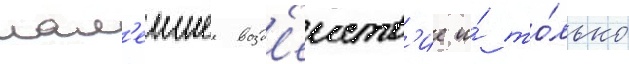
мал'еишее возд'еиств'ие и́ то́лько